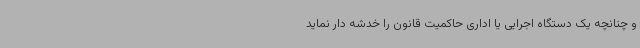
و چنانچه یک دستگاه اجرایی یا اداری حاکمیت قانون را خدشه دار نماید